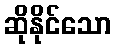
ဆိုနိုင်သော